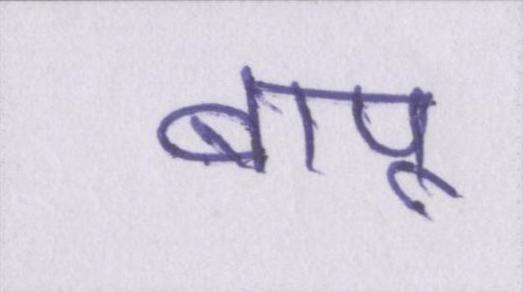
बापू